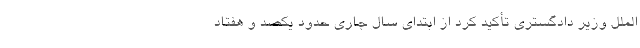
الملل وزیر دادگستری تأکید کرد از ابتدای سال جاری حدود یکصد و هفتاد